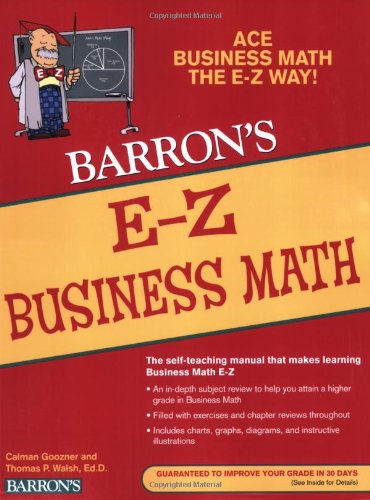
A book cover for E-Z Business Math (Barron's E-Z Series); Calvin Goozner; Business & Money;